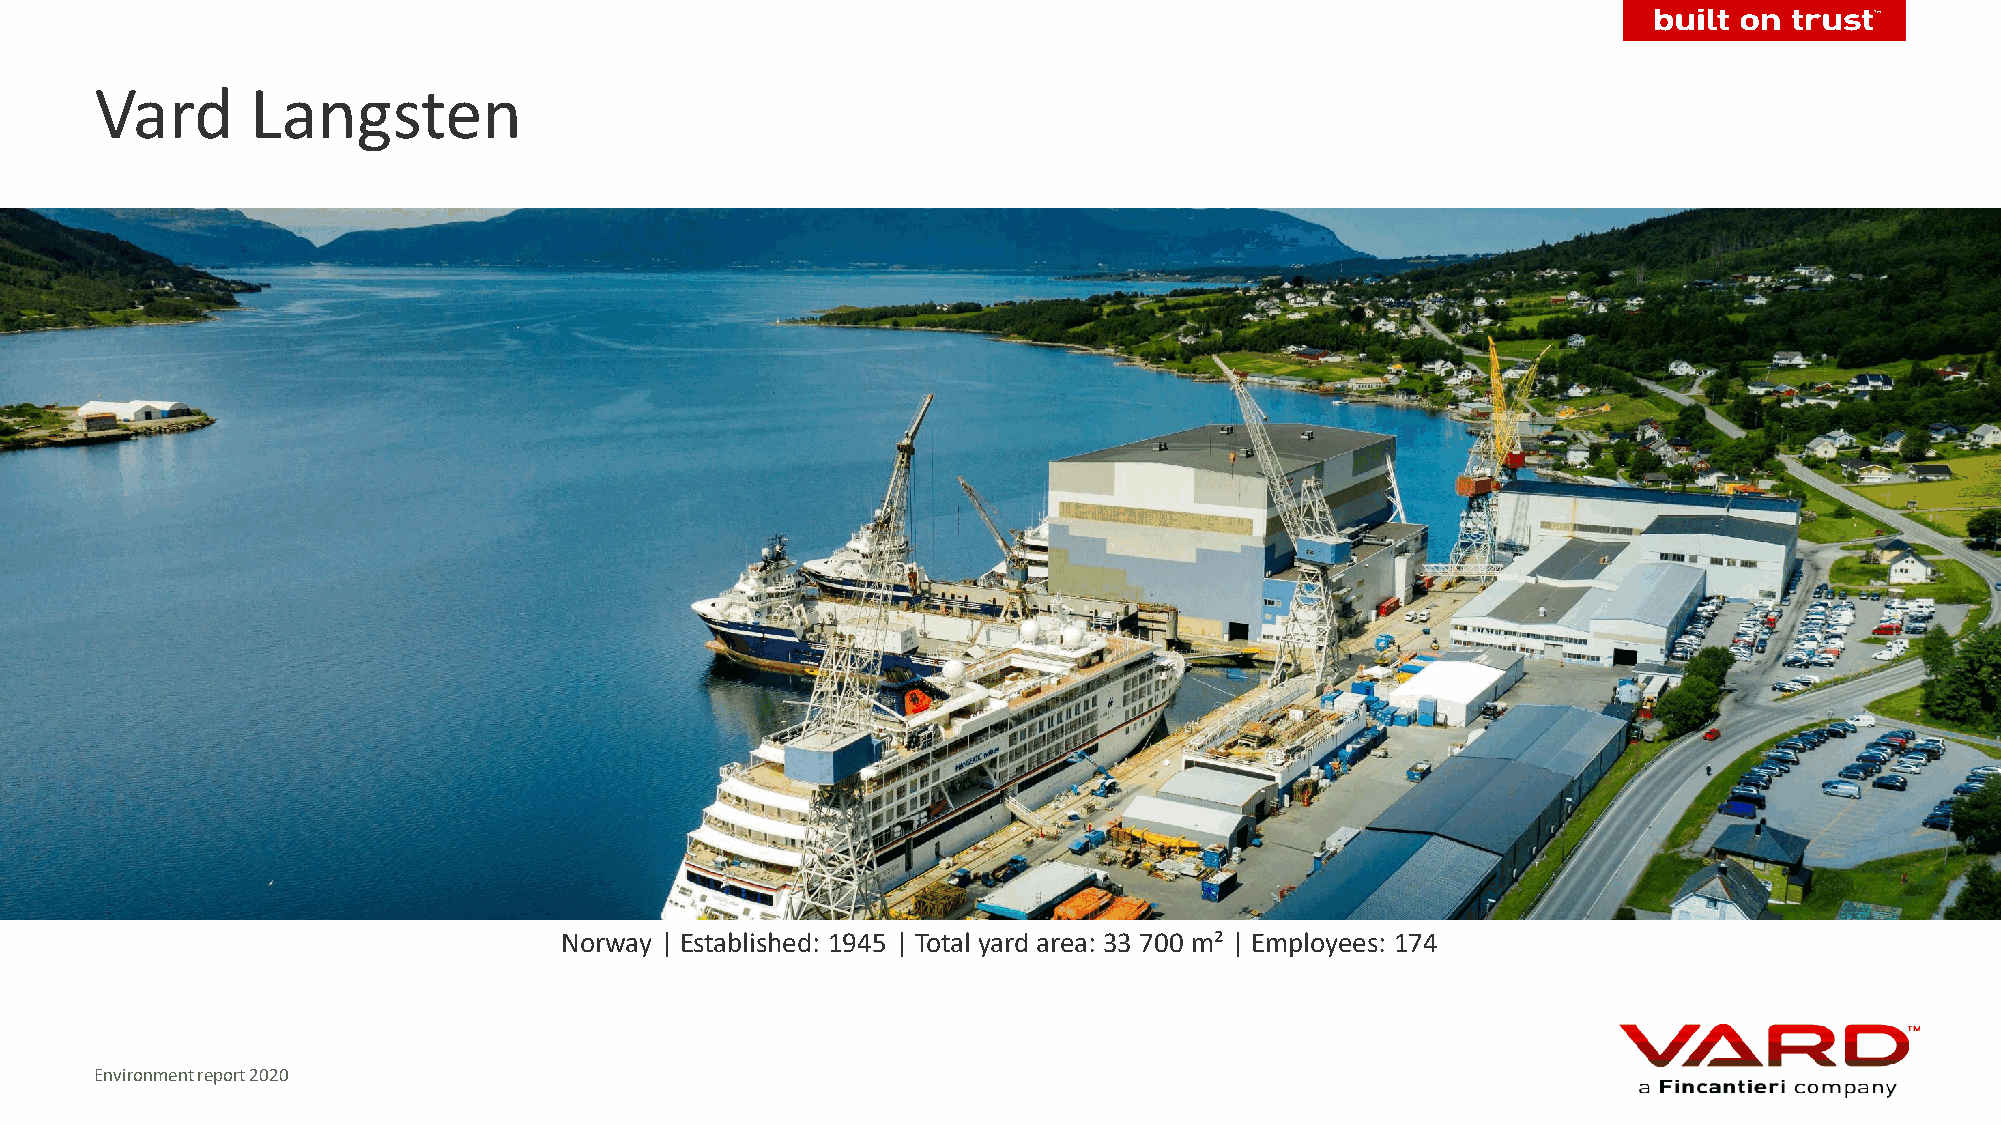
Vard       Langsten
 Norway | Established: 1945 | Total yard area: 33 700 m² | Employees: 174
 Environment report 2020